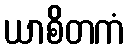
ယာစိတကံ